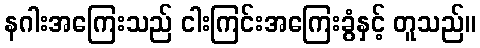
နဂါးအကြေးသည် ငါးကြင်းအကြေးခွံနှင့် တူသည်။